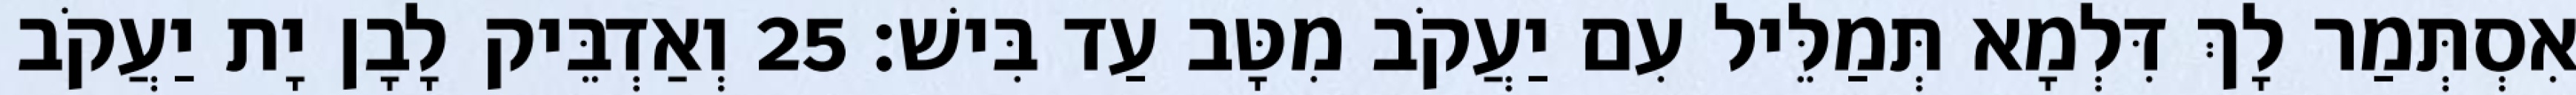
אִסְתְּמַר לָךְ דִּלְמָא תְּמַלֵּיל עִם יַעֲקֹב מִטָּב עַד בִּישׁ׃ 25 וְאַדְבֵּיק לָבָן יָת יַעֲקֹב